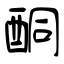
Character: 酮